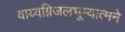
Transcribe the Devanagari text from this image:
वाय्वग्निजलभूम्यात्मने